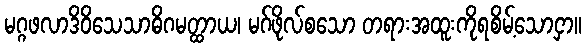
မဂ္ဂဖလာဒိဝိသေသာဓိဂမတ္ထာယ၊ မဂ်ဖိုလ်စသော တရားအထူးကိုရစိမ့်သောငှာ။